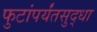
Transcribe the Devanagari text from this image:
फुटांपर्यंतसुद्धा